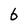
Character: 6